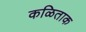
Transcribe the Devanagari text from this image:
कळिताक